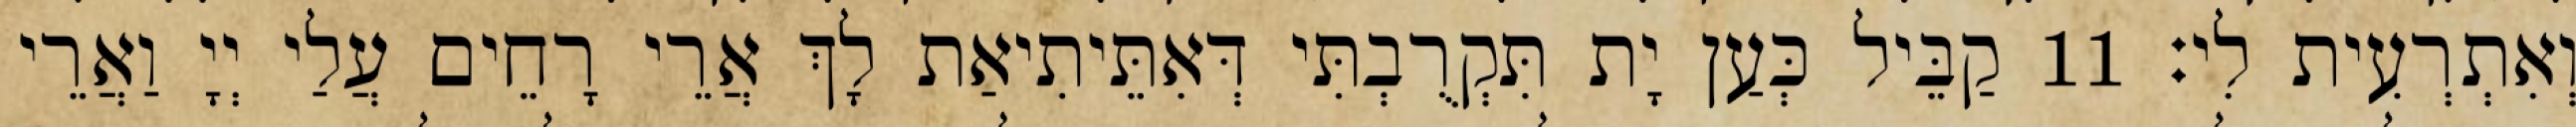
וְאִתְרְעִית לִי׃ 11 קַבֵּיל כְּעַן יָת תִּקְרֻבְתִּי דְּאִתֵּיתִיאַת לָךְ אֲרֵי רָחֵים עֲלַי יְיָ וַאֲרֵי